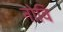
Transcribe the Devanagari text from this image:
नोवि